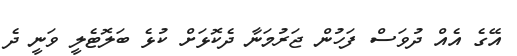
އޭގެ އެއް ދުވަސް ފަހުން ޖަރުމަނާ ދެކޮޅަށް ކުޅެ ބަލޮޓެލީ ވަނީ ދެ